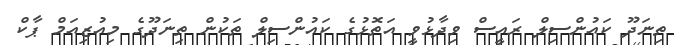
ތިނަދޫ ކައުންސިލް ރައީސް ވިދާޅުވީ އަތޮޅުގެ ކައުންސިލް ތަކުން ތިނަދޫގެ މިއުޒިއަމް ޕާކް